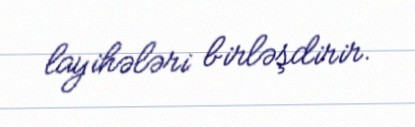
layihələri birləşdirir.